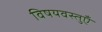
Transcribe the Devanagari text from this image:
विषयवस्तुएँ